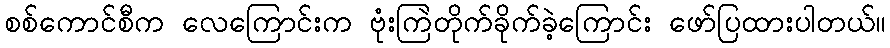
စစ်ကောင်စီက လေကြောင်းက ဗုံးကြဲတိုက်ခိုက်ခဲ့ကြောင်း ဖော်ပြထားပါတယ်။